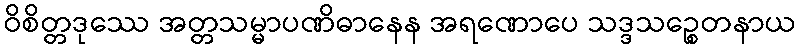
ဝိစိတ္တဒုဿေ အတ္တသမ္မာပဏိဓာနေန အရဏောပေ သဒ္ဒသဉ္စေတနာယ